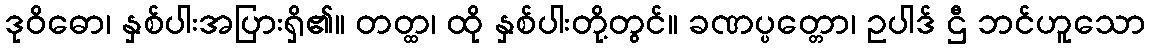
ဒုဝိဓော၊ နှစ်ပါးအပြားရှိ၏။ တတ္ထ၊ ထို နှစ်ပါးတို့တွင်။ ခဏပ္ပတ္တော၊ ဥပါဒ် ဌီ ဘင်ဟူသော